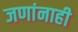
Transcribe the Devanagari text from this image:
जणांनाही